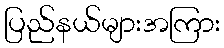
ပြည်နယ်များအကြား